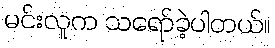
မင်းလူက သရော်ခဲ့ပါတယ်။